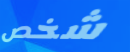
شخص